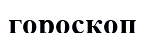
гороскоп